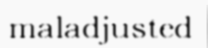
maladjusted